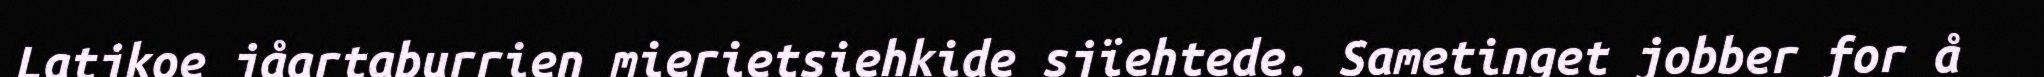
Latjkoe jåartaburrien mierietsiehkide sjïehtede. Sametinget jobber for å